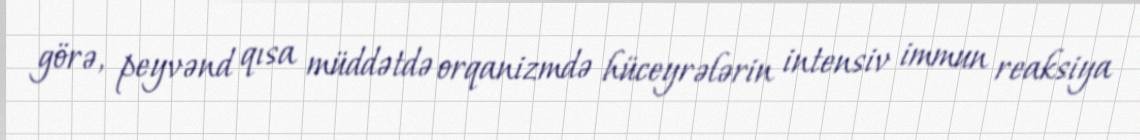
görə, peyvənd qısa müddətdə orqanizmdə hüceyrələrin intensiv immun reaksiya